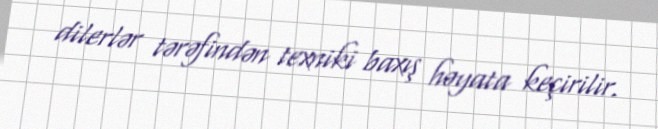
dilerlər tərəfindən texniki baxış həyata keçirilir.